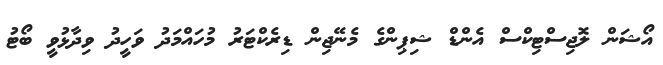
އޯޝަން ލޮޖިސްޓިކްސް އެންޑް ޝިޕިންގެ މެނޭޖިން ޑިރެކްޓަރު މުހައްމަދު ވަހީދު ވިދާޅުވީ ބޯޓު